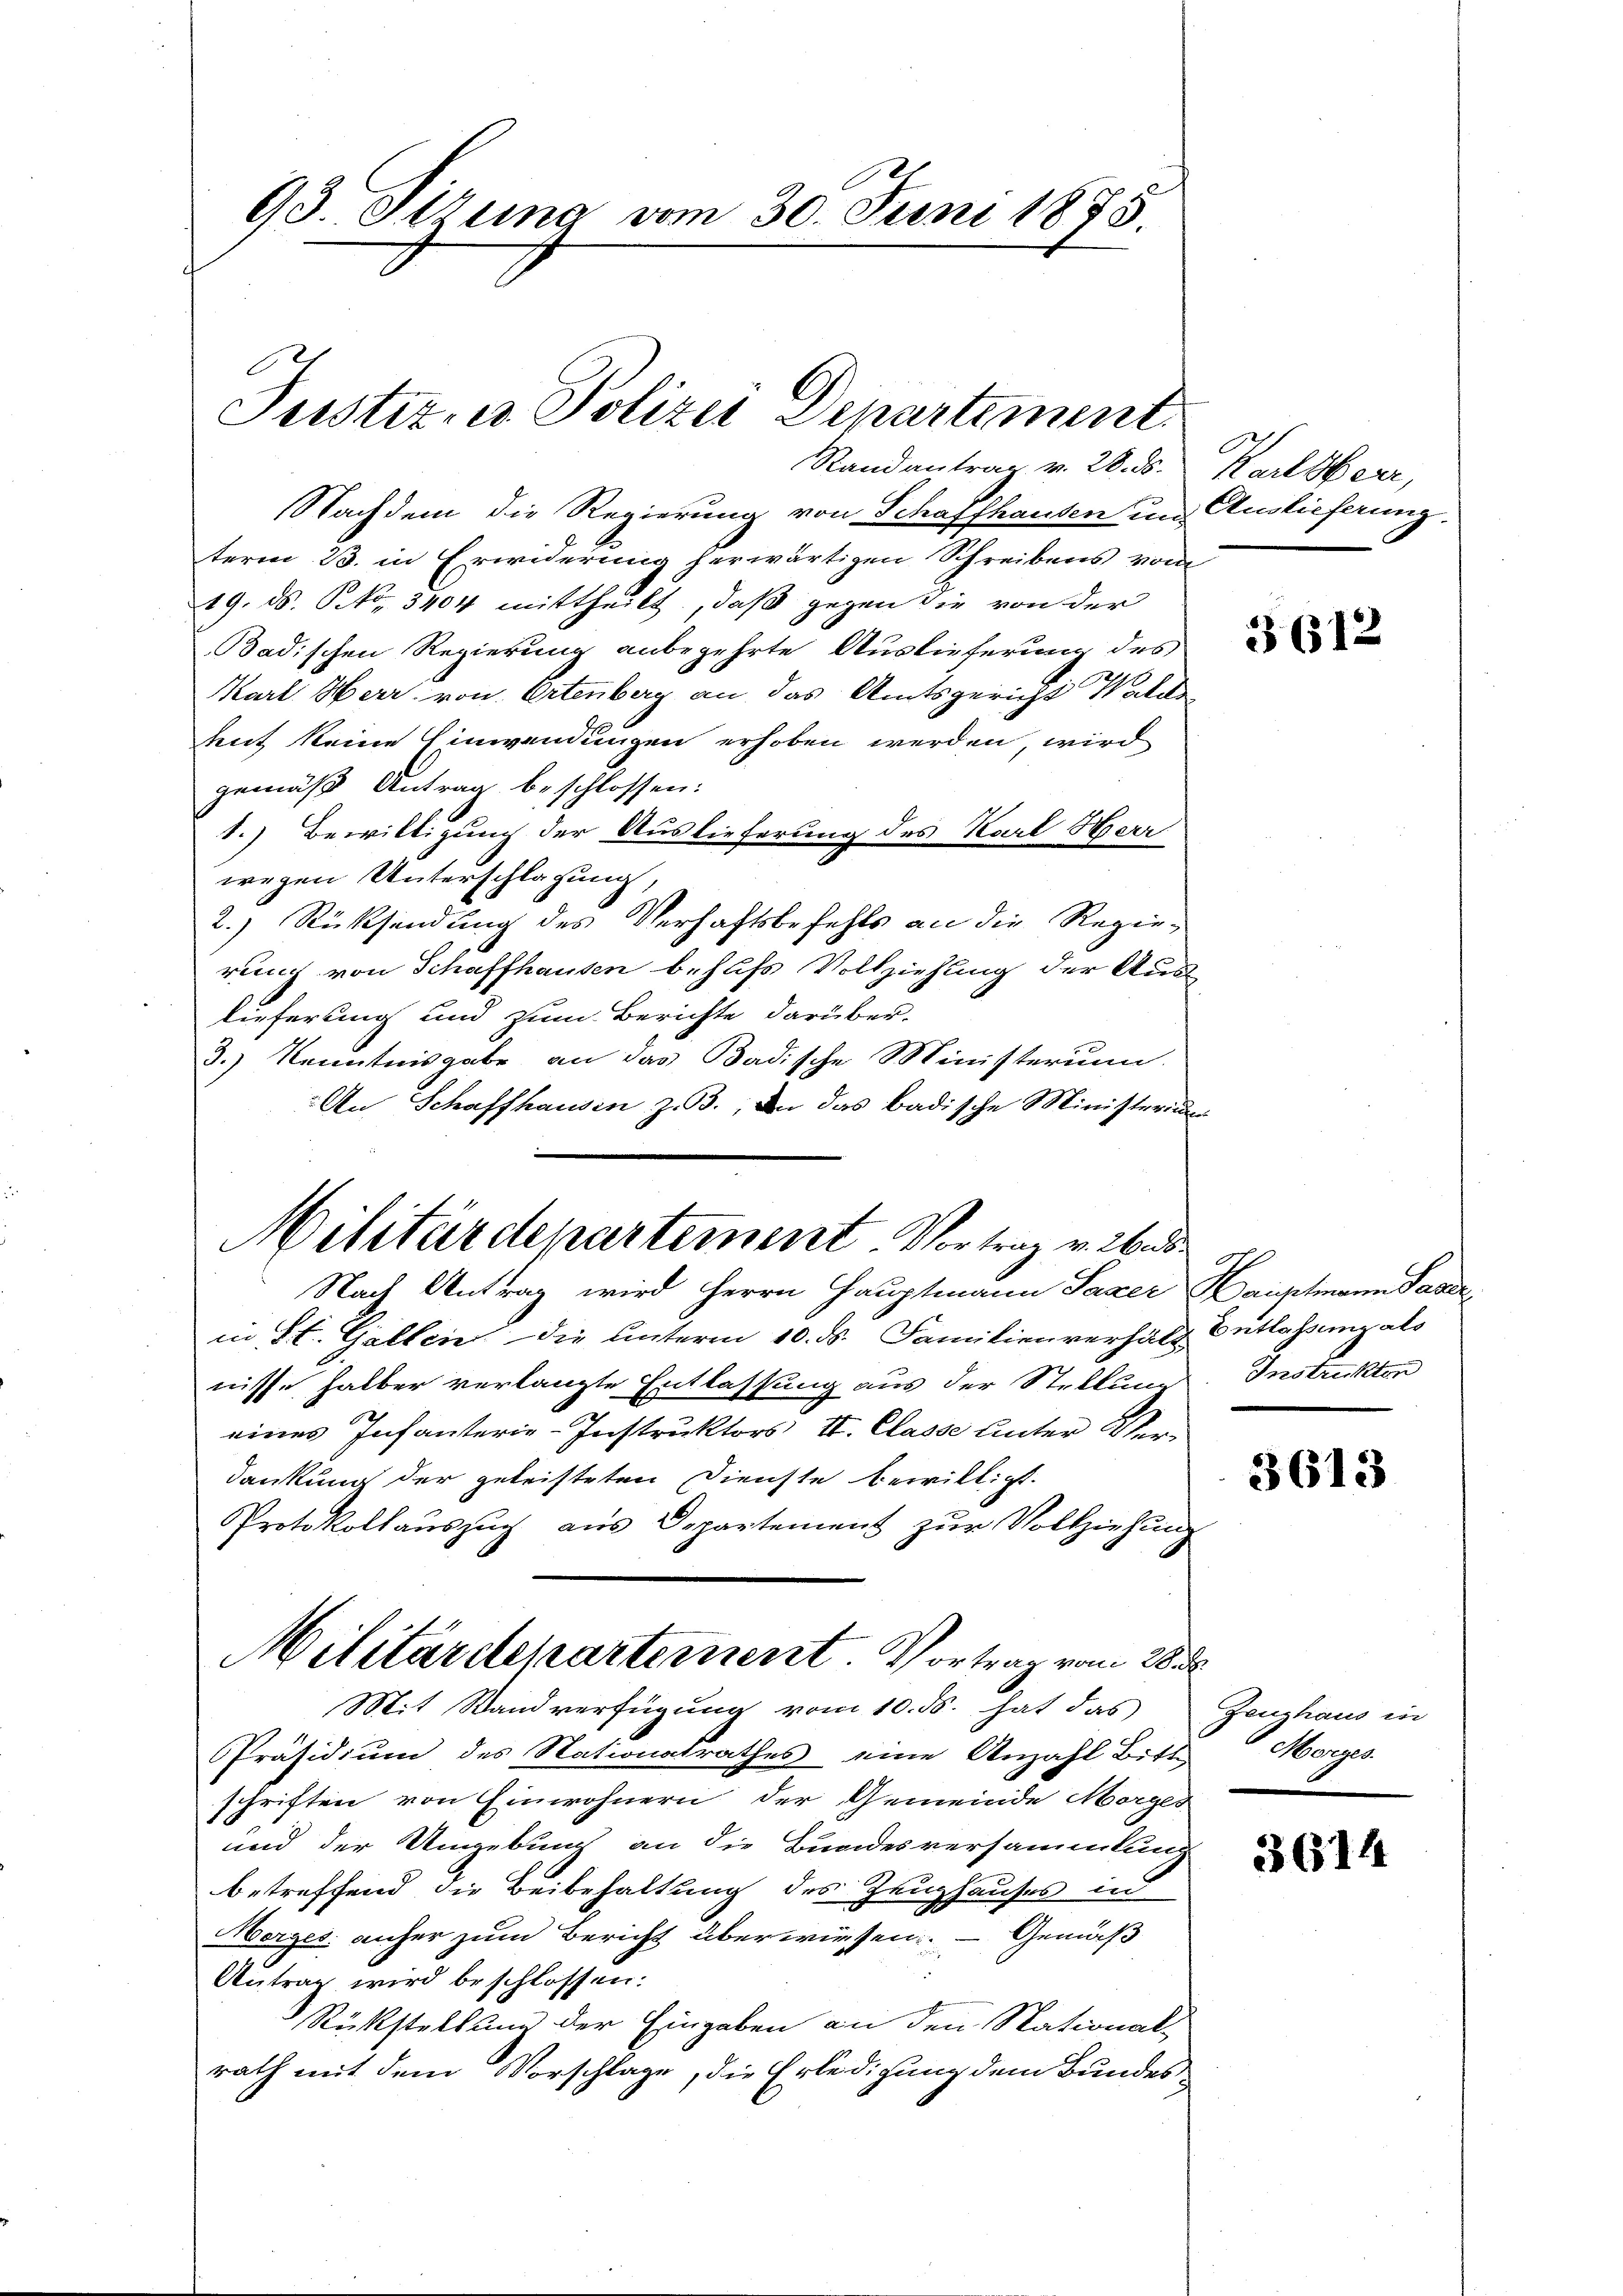
13. Ottung vom 30. Juni 1875.
Justiz- u. Polizei Departement

Nachdem die Regierung von Schaffhausen und Auslieferung.
term 23. in Erwiderung herwärtigen Schreibens vom
19. ds. No. 3404 mittheilt, daß gegen die von der
Badischen Regierung anbegehrte Auslieferung des
Karl Herr von Ortenberg an das Amtsgericht Walde
hut keine Einwendungen erhoben werden, wird
gemäß Antrag beschlossen:
1.) Bewilligung der Auslieferung des Karl Herr
wegen Unterschlagung,
2.) Rücksendung des Verhaftsbefehls an die Regierung von Schaffhausen behufs Vollziehung der Auslieferung und zum Berichte darüber-
3.) Kenntnisgabe an das Badische Ministerium
An Schaffhausen z. B., an das badische Ministerium
Nach Antrag wird Herrn Hauptmann Saxer Hauptmann Pande
in St. Gallen die unterm 10. ds. Familienverhält
nisse halber verlangte Entlassung aus der Stellung
eines Infanterie-Instruktors II. Classe unter Verdankung der geleisteten Dienste bewilligt.
Protokollauszug aus Departement zŭr Vollziehung
Militärdepartement. Vortrag vom 28. d.
Mit Stand verfügung vom 10. ds. hat das
Präsidium des Nationalrathes eine Anzahl Bitte Morges
schriften von Einwohnern der Gemeinde Morges
und der Umgebung an die Bundesversammlung
betreffend die Beibehaltung des Zeughauses und
Morges anher zum Bericht überwiesen. — Gemäß
Antrag wird beschlossen:
Rückstellung der Eingaben an den Stational-
rath mit dem Vorschlage, die Erledigung dem Bundes

Randantrag v. 28. d. Karlsheer,

Militärdepartement. Vortrag v. 26. ds.

3612

Entlassung als
Instrukten

3613

Zeughaus in

3614